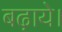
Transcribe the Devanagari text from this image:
बढ़ाये।